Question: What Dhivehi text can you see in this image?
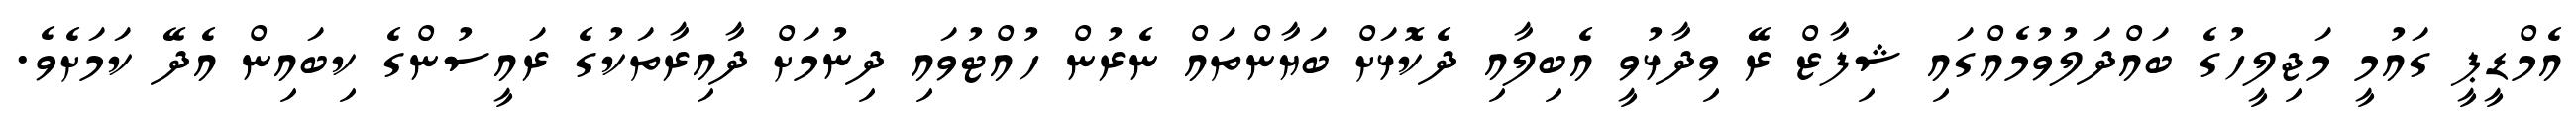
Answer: އެމްޑީޕީ ގައުމީ މަޖިލީހުގެ ބައްދަލުވުމެއްގައި ޝިފާޒް ރޭ ވިދާޅުވީ އެބިލާއި ދެކޮޅަށް ބަޔާންތައް ނެރުން ހުއްޓުވައި ދިނުމަށް ދާއިރާތަކުގެ ރައީސުންގެ ކިބައިން އެދޭ ކަމަށެވެ.